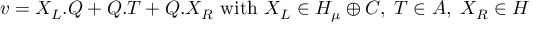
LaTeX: v = X _ { L } . Q + Q . T + Q . X _ { R } \mathrm { ~ w i t h ~ } X _ { L } \in { \cal H } _ { \mu } \oplus { \cal C } , \; T \in { \cal A } , \; X _ { R } \in \cal H